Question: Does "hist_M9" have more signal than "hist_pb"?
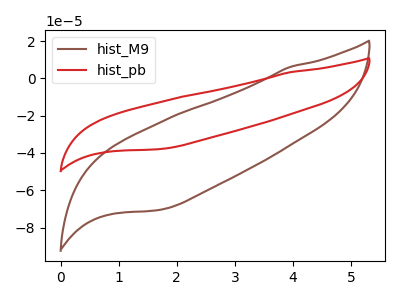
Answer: <think>The brown curve "hist_M9" has no peaks. The red curve "hist_pb" has no peaks.
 Neither "hist_M9" or "hist_pb" have any peaks.</think>
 <answer>I cant tell if "hist_M9" or "hist_pb" has more signal.</answer>
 <eval>mixed_signal</eval>